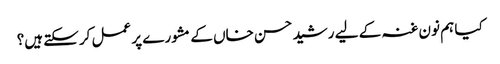
کیا ہم نون غنہ کے لیے رشید حسن خاں کے مشورے پر عمل کرسکتے ہیں؟